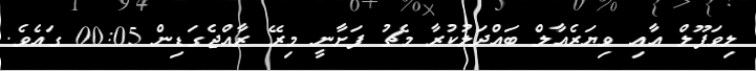
ލިވަޕޫލް އާއި ވިޔަރެއާލް ބައްދަލުކުރާ މެޗު ފަށާނީ މިރޭ ރާއްޖެގަޑިން 00:05 ގައެވެ.